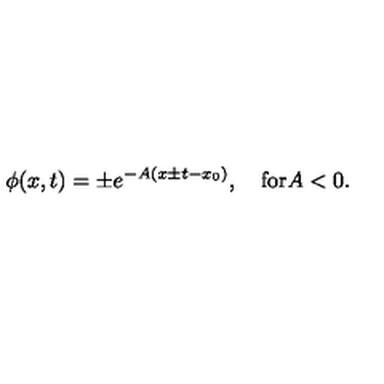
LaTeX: \phi ( x , t ) = \pm e ^ { - A ( x \pm t - x _ { 0 } ) } , \quad \mathrm { f o r } A < 0 .